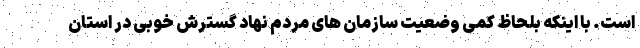
است. با اینکه بلحاظ کمی وضعیت سازمان های مردم نهاد گسترش خوبی در استان